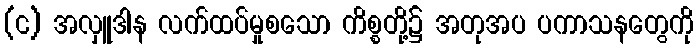
(င) အလှူဒါန လက်ထပ်မှုစသော ကိစ္စတို့၌ အတုအပ ပကာသနတွေကို